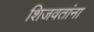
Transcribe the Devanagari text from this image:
शिजवतांना